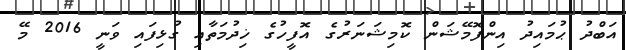
އަބްދު ޙުމައިދު އިންފޮމޭޝަން ކޮމިޝަނަރުގެ އޮފީހުގެ ޚިދުމަތާއި ގުޅިފައި ވަނީ 2016 މޭ